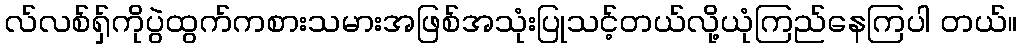
လ်လစ်ရှ်ကိုပွဲထွက်ကစားသမားအဖြစ်အသုံးပြုသင့်တယ်လို့ယုံကြည်နေကြပါ တယ်။